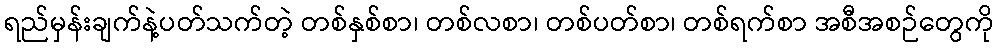
ရည်မှန်းချက်နဲ့ပတ်သက်တဲ့ တစ်နှစ်စာ၊ တစ်လစာ၊ တစ်ပတ်စာ၊ တစ်ရက်စာ အစီအစဉ်တွေကို